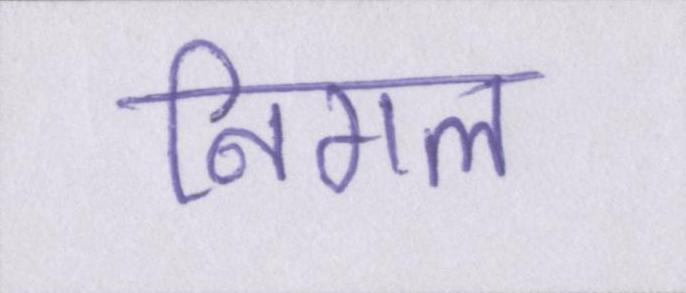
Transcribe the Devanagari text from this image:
निगल